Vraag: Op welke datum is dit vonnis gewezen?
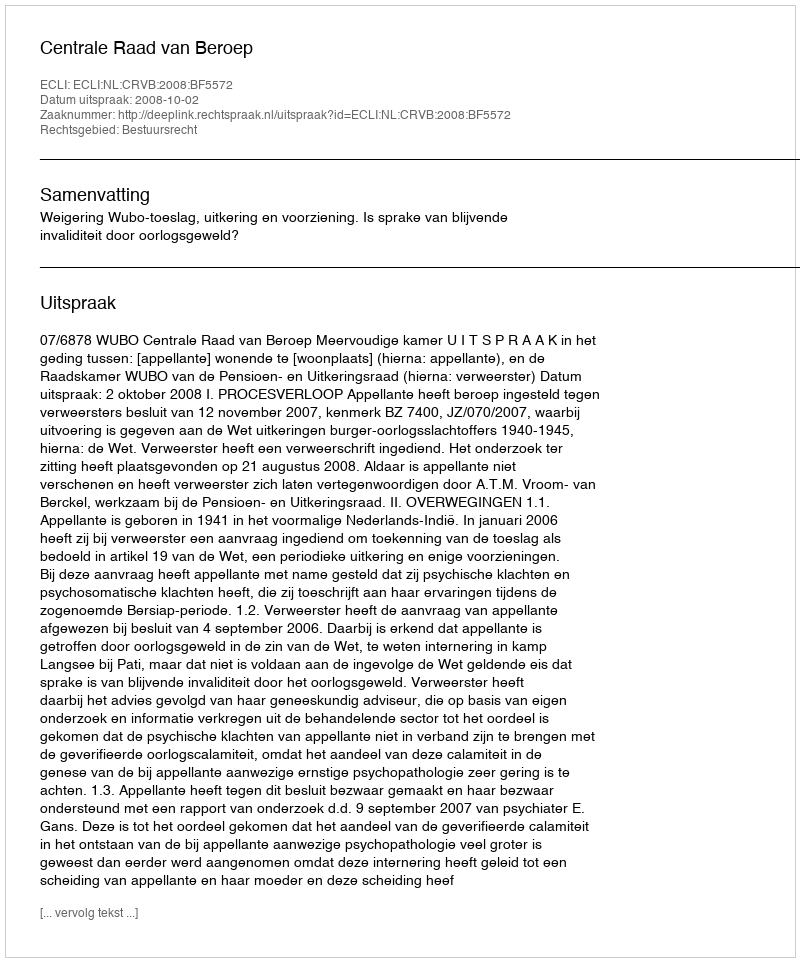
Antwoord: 2008-10-02